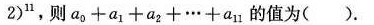
2)^{11}$$,则$$a_{0}+a_{1}+a_{2}+…+a_{11}$$的值为( ).